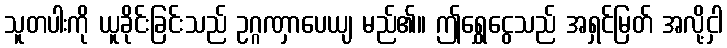
သူတပါးကို ယူခိုင်းခြင်းသည် ဥဂ္ဂဏှာပေယျ မည်၏။ ဤရွှေငွေသည် အရှင်မြတ် အလို့ငှါ